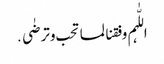
اللّٰہم وفقنا لما تحب وترضٰی․